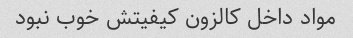
مواد داخل کالزون کیفیتش خوب نبود